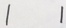
1 1